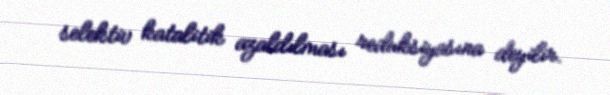
selektiv katalitik azaldılması reduksiyasına deyilir.